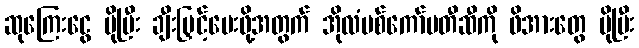
ဆုကြေးငွေ ပိုပြီး ချီးမြှင့်ပေးဖို့အတွက် အိုလံပစ်ကော်မတီဆီကို ဖိအားတွေ ပိုပြီး